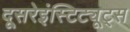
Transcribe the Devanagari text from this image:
दूसरेइंस्टिट्यूट्स